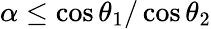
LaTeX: \alpha\leq\cos\theta_{\mathrm{1}}/\cos\theta_{\mathrm{2}}